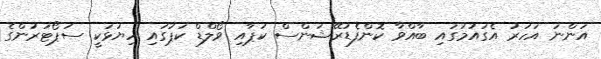
އަންނަ އަހަރު އެގައުމުގައި ބާއްވާ ކޮންފެޑަރޭޝަންސް ކަޕާއި ވޯލްޑް ކަޕުގައި ހިޔަޅަކީ ސަޕޯޓަރުންގެ